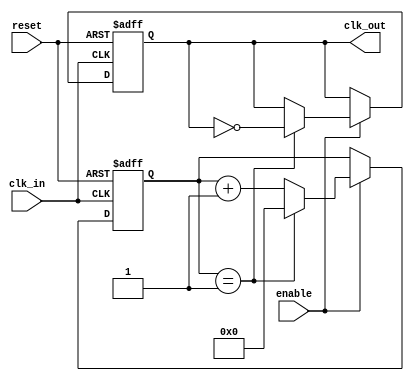
module clock_divider #(
    parameter N = 2  // Division factor (must be a positive integer)
)(
    input wire clk_in,   // Input clock
    input wire reset,     // Asynchronous reset
    input wire enable,    // Enable signal
    output reg clk_out    // Output divided clock
);

    reg [31:0] counter; // Counter to keep track of clock cycles

    always @(posedge clk_in or posedge reset) begin
        if (reset) begin
            counter <= 0;     // Reset the counter
            clk_out <= 0;     // Reset the output clock
        end else if (enable) begin
            if (counter == (N - 1)) begin
                clk_out <= ~clk_out; // Toggle output clock
                counter <= 0;        // Reset counter
            end else begin
                counter <= counter + 1; // Increment counter
            end
        end
    end

endmodule